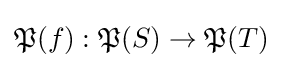
{\mathfrak {P}}(f):{\mathfrak {P}}(S)\to {\mathfrak {P}}(T)